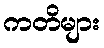
ကတိများ